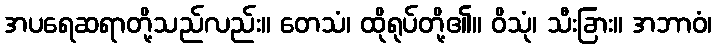
အပရေဆရာတို့သည်လည်း။ တေသံ၊ ထိုရုပ်တို့၏။ ဝိသုံ၊ သီးခြား။ အဘာဝံ၊